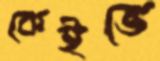
কেইভে